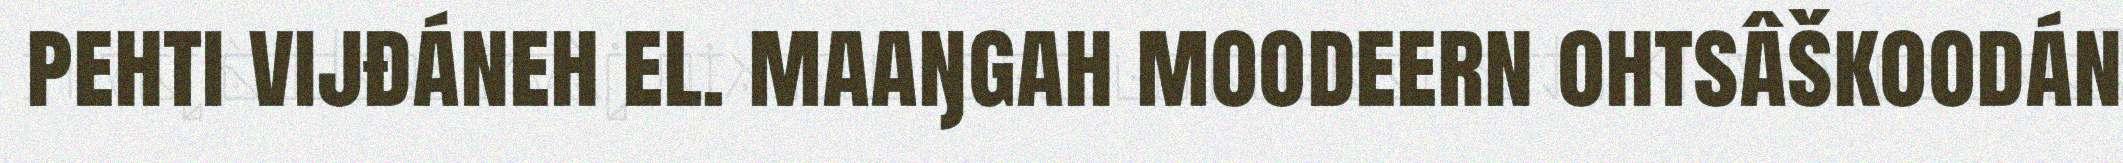
pehti vijđáneh el. maaŋgah moodeern ohtsâškoodán